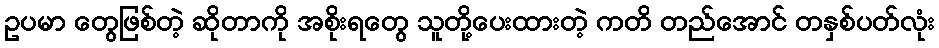
ဥပမာ တွေဖြစ်တဲ့ ဆိုတာကို အစိုးရတွေ သူတို့ပေးထားတဲ့ ကတိ တည်အောင် တနှစ်ပတ်လုံး